Annual report of the Punjab Veterinary College and of the Civil Veterinary Department, Punjab - 1909-1919
Year: 1909
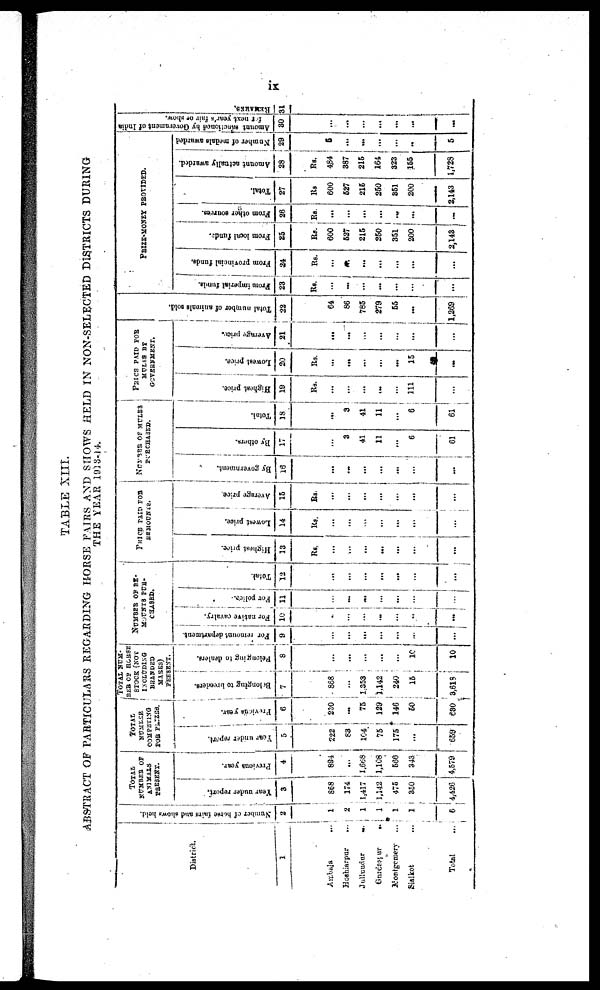
ix
TABLE XIII.
ABSTRACT OF PARTICULARS REGARDING HORSE FAIRS AND SHOWS HELD IN NON-SELECTED DISTRICTS DURING
THE YEAR 1913-14.
District
1
Ambala...
Hoshiarpur...
Jullundur ...
Guidaspur...
Montgomery...
Sialkot...
Total...
Number of horse fairs and shows held.
2
1
2
1
1
1
1
6
TOTAL
NUMBER OF
PRESENT.
Year under report.
3
868
174
1,417
1,142
475
350
4,426
Pr evi ous year.
4
894
...
1,668
1,108
566
343
4,579
TOTAL
COMPETING
Year under report.
5
222
83
104
75
175
...
659
Previous year.
6
230
...
75
129
146
50
630
TOTAL NUM-
BER OF HORSE
STOCK (NOT
INCLUDING
BRANDED
MARES)
PRESENT.
Be l
ongi ng to br eeder s .
7
868
...
1,353
1,142
240
15
3,618
Be l
ongi ng to deal er s.
8
...
...
...
...
...
10
10
NUMBER OF RE-
MOUNTS PUR-
CHASED.
For remount department.
9
...
...
...
...
...
...
For native cavalry.
10
...
...
...
...
...
..
...
For police.
11
...
...
...
...
...
...
...
Total
12
...
...
...
...
...
...
...
PRICE PAID FOR
REMOUNTS.
Highest price.
13
Rs.
...
...
...
...
...
...
...
Lowest price.
14
Rs.
...
...
...
...
...
...
...
Average price.
15
Rs.
...
...
...
...
...
...
...
NUMBER OF MULES
PURCHASED.
By government.
16
...
...
...
...
...
...
...
By others.
17
...
3
41
11
...
6
61
Total.
18
...
3
41
11
...
6
61
PRICE PAID FOR
MULES BY
GOVERNMENT.
Highest price.
19
Rs.
...
...
...
...
...
111
...
Lowest price.
20
Rs.
...
...
...
...
...
15
...
Average price
21
...
...
...
...
...
...
...
Total number of animals sold.
22
64
86
785
279
55
...
1,269
PRIZE-MONEY PROVIDED.
From imperial funds.
23
Rs.
...
...
...
...
...
...
...
From provincial funds.
24
Rs.
...
...
...
...
...
...
...
From local funds.
25
Rs.
600
527
215
250
351
200
2,143
From other sources.
26
Rs.
...
...
...
...
...
...
...
Total.
27
Rs.
600
527
216
250
351
200
2,143
Amount actually awarded.
28
Rs.
484
387
215
164
323
155
1,728
Number of medals awarded.
29
5
...
...
...
...
...
5
Amount sanctioned by Government of India
for next year's fair or show.
30
...
...
...
...
...
......
...
REMARKS.
31